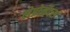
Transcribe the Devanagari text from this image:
लेप्रोमॅटस